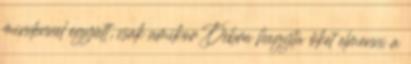
mindennel együtt, csak amikor Debra hagyta őket elmenni a